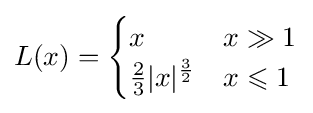
L(x)={\begin{cases}x&x\gg 1\\{\frac {2}{3}}|x|^{\frac {3}{2}}&x\leqslant 1\end{cases}}